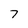
Character: 7